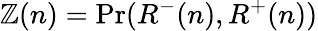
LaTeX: \mathbb{Z}(n)=\operatorname{\mathrm{{Pr}}}(R^{-}(n),R^{+}(n))